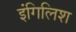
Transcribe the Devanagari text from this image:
इंगिलिश